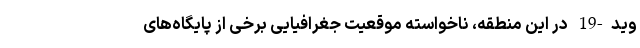
وید-19 در این منطقه، ناخواسته موقعیت جغرافیایی برخی از پایگاه‌های